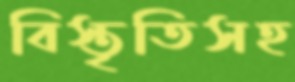
বিস্তৃতিসহ